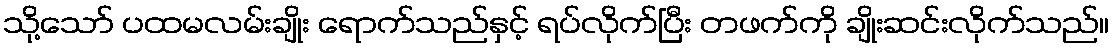
သို့သော် ပထမလမ်းချိုး ရောက်သည်နှင့် ရပ်လိုက်ပြီး တဖက်ကို ချိုးဆင်းလိုက်သည်။